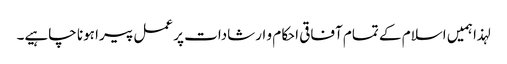
لہذا ہمیں اسلام کے تمام آفاقی احکام و ارشادات پر عمل پیرا ہونا چاہیے۔